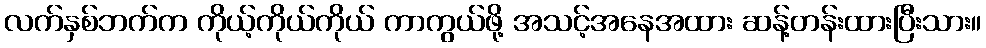
လက်နှစ်ဘက်က ကိုယ့်ကိုယ်ကိုယ် ကာကွယ်ဖို့ အသင့်အနေအထား ဆန့်တန်းထားပြီးသား။